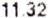
11.32